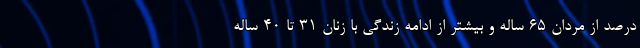
درصد از مردان ۶۵ ساله و بیشتر از ادامه زندگی با زنان ۳۱ تا ۴۰ ساله